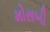
મોસબી